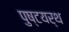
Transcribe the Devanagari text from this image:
पुष्टयर्थ